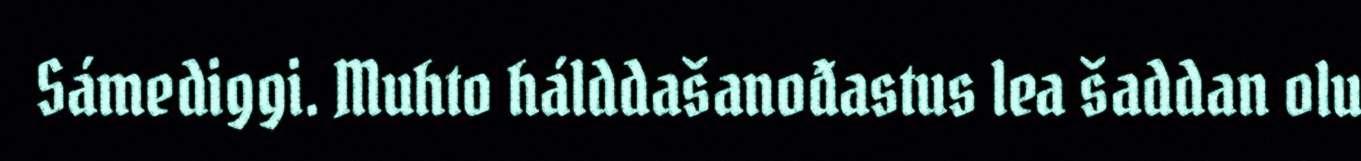
Sámediggi. Muhto hálddašanođastus lea šaddan olu